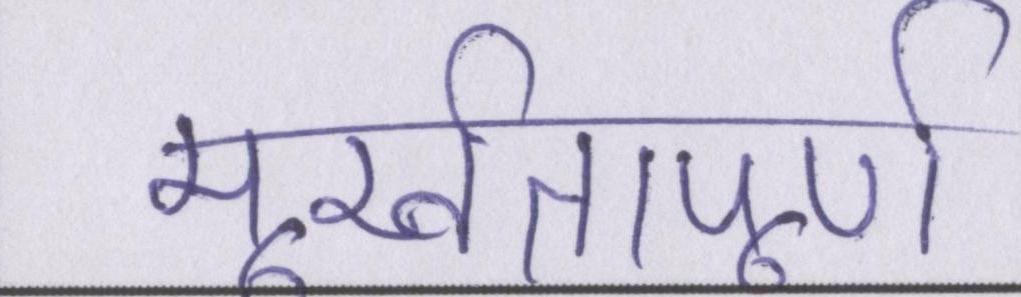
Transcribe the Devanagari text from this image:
मूर्खतापूर्ण